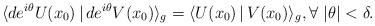
LaTeX: \begin{align*}\langle de^{i\theta}U(x_0)\,|\, de^{i\theta} V(x_0)\rangle_g=\langle U(x_0)\,|\, V(x_0)\rangle_g, \forall~ |\theta|<\delta.\end{align*}